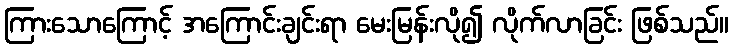
ကြားသောကြောင့် အကြောင်းချင်းရာ မေးမြန်းလို၍ လိုက်လာခြင်း ဖြစ်သည်။